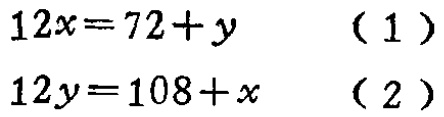
\[

\begin{align*}

12x&=72 + y&(1)\\

12y&=108 + x&(2)

\end{align*}

\]